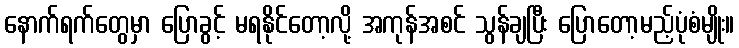
နောက်ရက်တွေမှာ ပြောခွင့် မရနိုင်တော့လို့ အကုန်အစင် သွန်ချပြီး ပြောတော့မည့်ပုံစံမျိုး။